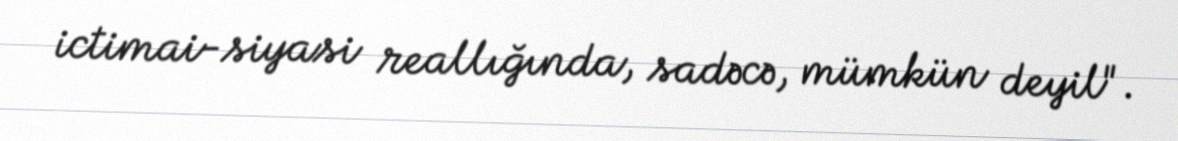
ictimai-siyasi reallığında, sadəcə, mümkün deyil".